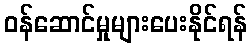
ဝန်ဆောင်မှုများပေးနိုင်ရန်